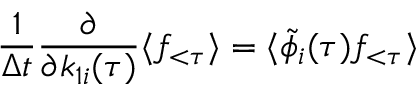
\frac { 1 } { \Delta t } \frac { \partial } { \partial k _ { 1 i } ( \tau ) } \langle f _ { < \tau } \rangle = \langle \tilde { \phi } _ { i } ( \tau ) f _ { < \tau } \rangle